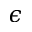
\epsilon